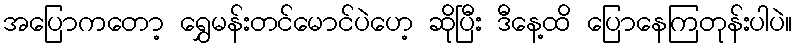
အပြောကတော့ ရွှေမန်းတင်မောင်ပဲဟေ့ ဆိုပြီး ဒီနေ့ထိ ပြောနေကြတုန်းပါပဲ။